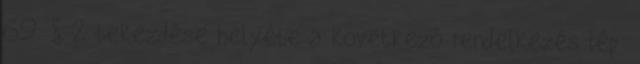
69. § 2 bekezdése helyébe a következő rendelkezés lép: